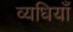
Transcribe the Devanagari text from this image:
व्यधियाँ